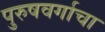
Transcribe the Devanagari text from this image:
पुरुषवर्गाचा